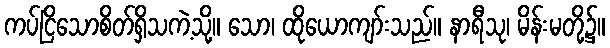
ကပ်ငြိသောစိတ်ရှိသကဲ့သို့။ သော၊ ထိုယောကျာ်းသည်။ နာရီသု၊ မိန်းမတို့၌။